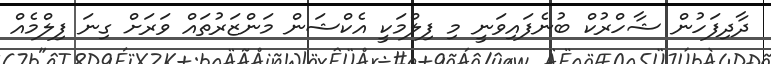
ދާދިފަހުން ޝާހްރުކް ބުނެފައިވަނީ މި ފިލްމަކީ އެކްޝަން މަންޒަރުތައް ވަރަށް ގިނަ ފިލްމެއް